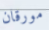
مورقان